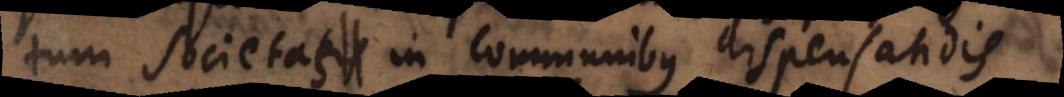
tum societas in communibus dispensandis